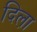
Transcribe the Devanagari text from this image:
दिला़